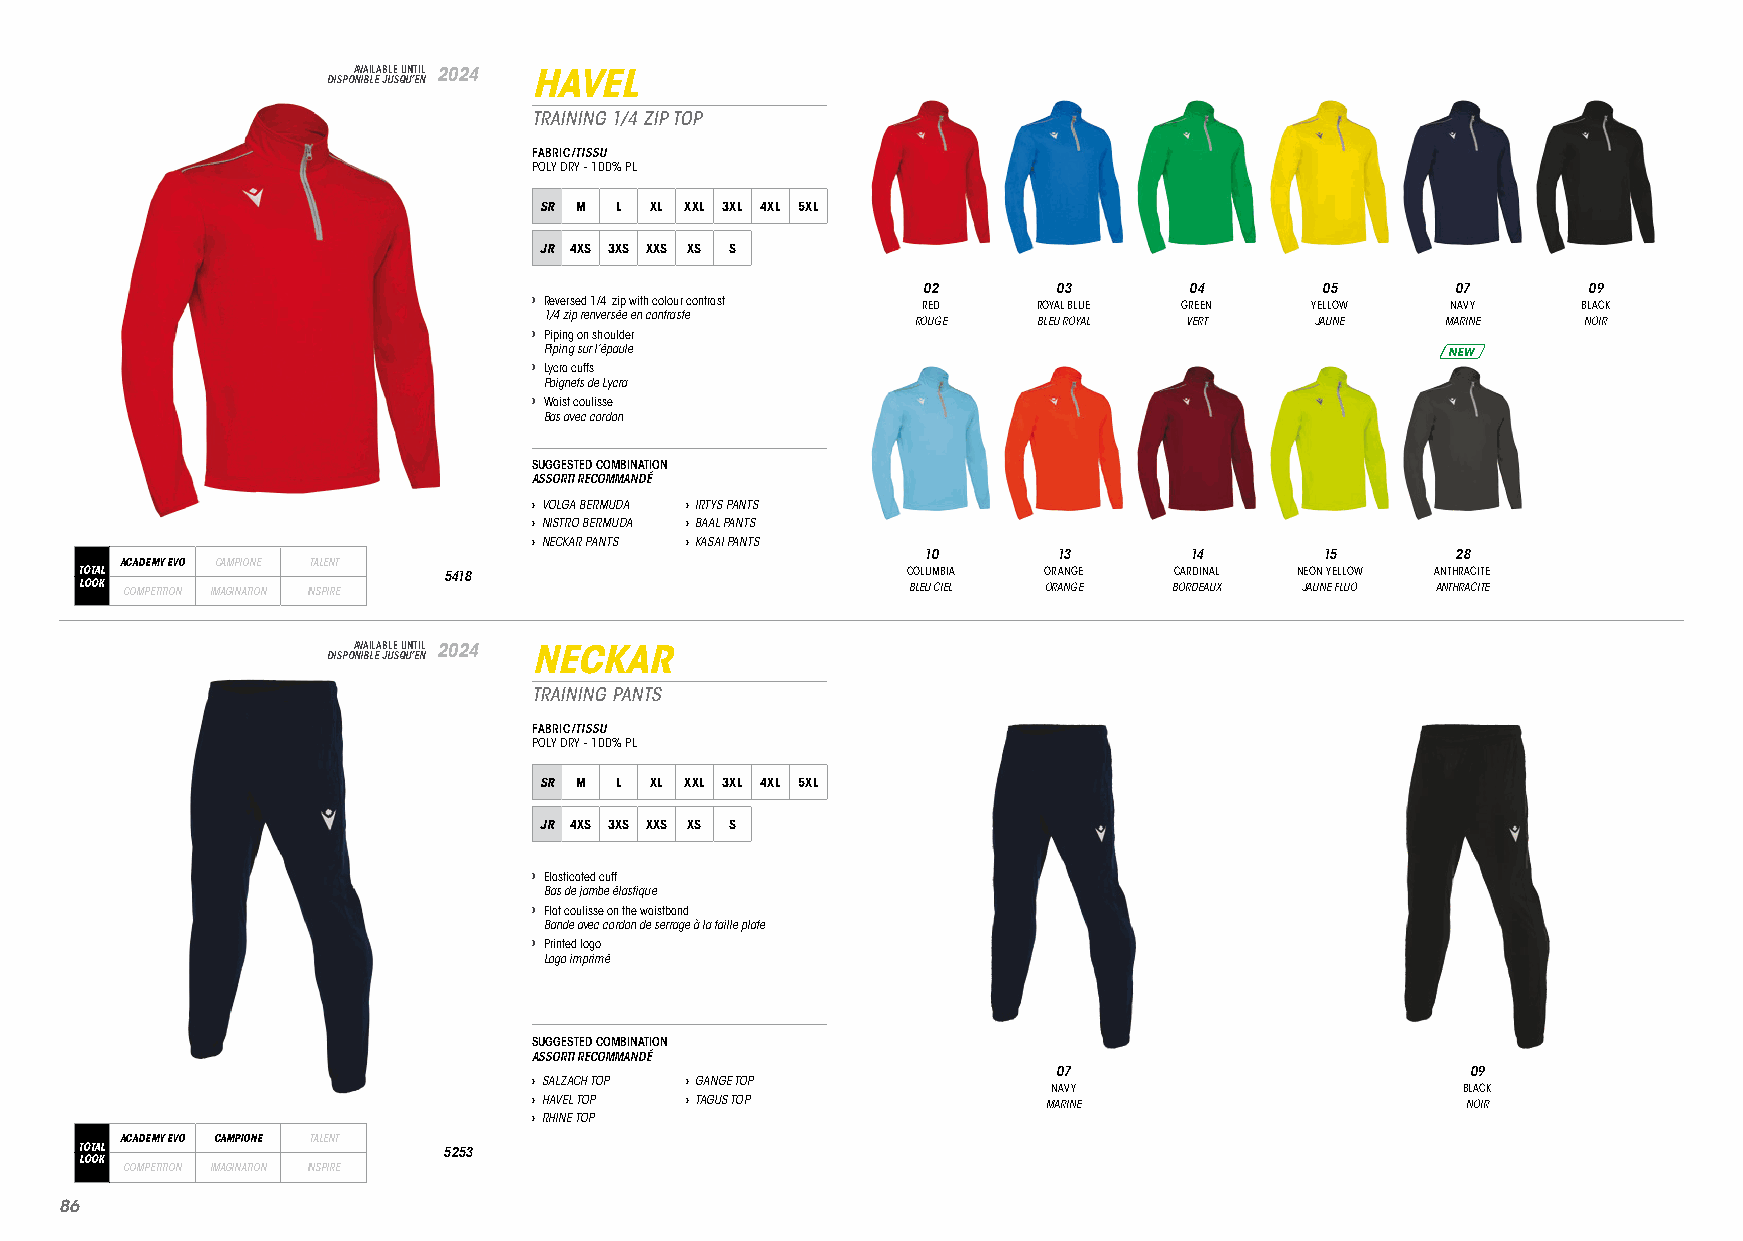
DISPOA NV IBA LIL EA JB ULE S QU UN ’T EI NL 2024 HAVEL
 TRAINING 1/4 ZIP TOP
 FABRIC/TISSU
 POLY DRY - 100% PL
 SR M L XL XXL 3XL 4XL 5XL
 JR 4XS 3XS XXS XS S
 02       03       04      05       07       09
 › Reversed 1/4 zip with colour contrast RED ROYAL BLUE GREEN YELLOW NAVY BLACK
 1/4 zip renversée en contraste
 ROUGE   BLEU ROYAL VERT   JAUNE    MARINE   NOIR
 › Piping on shoulder
 Piping sur l’épaule                                         NEW
 › Lycra cuffs
 Poignets de Lycra
 › Waist coulisse
 Bas avec cordon
 SUGGESTED COMBINATION
 ASSORTI RECOMMANDÉ
 › VOLGA BERMUDA › IRTYS PANTS
 › NISTRO BERMUDA › BAAL PANTS
 › NECKAR PANTS › KASAI PANTS
 10       13       14       15      28
 ACADEMY EVO CAMPIONE TALENT
 TOTAL                   5418                           COLUMBIA ORANGE   CARDINAL NEON YELLOW ANTHRACITE
 LOOK COMPETITION IMAGINATION INSPIRE                   BLEU CIEL ORANGE  BORDEAUX JAUNE FLUO ANTHRACITE
 DISPOA NV IBA LIL EA JB ULE S QU UN ’T EI NL 2024 NECKAR
 TRAINING PANTS
 FABRIC/TISSU
 POLY DRY - 100% PL
 SR M L XL XXL 3XL 4XL 5XL
 JR 4XS 3XS XXS XS S
 › Elasticated cuff
 Bas de jambe élastique
 › Flat coulisse on the waistband
 Bande avec cordon de serrage à la taille plate
 › Printed logo
 Logo imprimé
 SUGGESTED COMBINATION
 ASSORTI RECOMMANDÉ
 07                         09
 › SALZACH TOP › GANGE TOP
 NAVY                       BLACK
 › HAVEL TOP › TAGUS TOP           MARINE                      NOIR
 › RHINE TOP
 ACADEMY EVO CAMPIONE TALENT
 TOTAL                   5253
 LOOK
 COMPETITION IMAGINATION INSPIRE
 8866